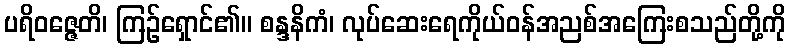
ပရိဝဇ္ဇေတိ၊ ကြဉ်ရှောင်၏။ စန္ဒနိကံ၊ လုပ်ဆေးရေကိုယ်ဝန်အညစ်အကြေးစသည်တို့ကို